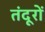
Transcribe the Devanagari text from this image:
तंदूरों